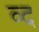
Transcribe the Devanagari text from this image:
व्द